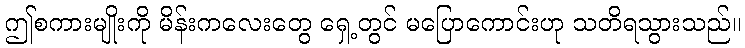
ဤစကားမျိုးကို မိန်းကလေးတွေ ရှေ့တွင် မပြောကောင်းဟု သတိရသွားသည်။